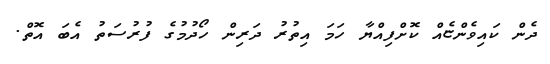
ދެން ކައިވެންޏެއް ކޮށްފިއްޔާ ހަމަ އިތުރު ދަރިން ހޯދުމުގެ ފުރުސަތު އެބަ އޮތް.